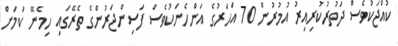
ކުއްޖަކުވެސް ދަތުރުކުރިއިރު އުމުރުން 70 އަހަރުގެ އަންހެނަކުވެސް ފަސިންޖަރުންގެ ތެރޭގައި ހިމެނޭ ކަމަށް